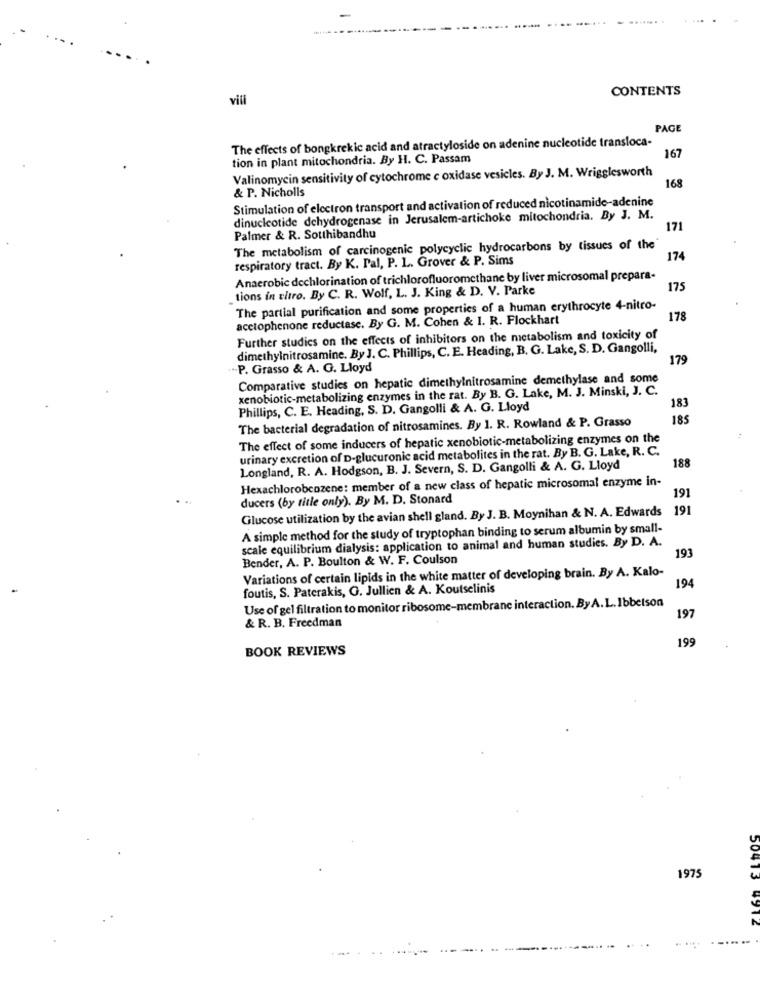
CONTENTS
vill
PAGE
The effects of bongkrekic acid and atractyloside on adenine nucleotide transloca-
167
tion in plant mitochondria. By H. C. Passam
Valinomycin sensitivity of cytochrome e oxidase vesicles. By J. M. Wrigglesworth
168
& P. Nicholls
Stimulation of electron transport and activation of reduced nicotinamide-adenine
dinucleotide dehydrogenase in Jerusalem-artichoke mitochondria. By J. M.
171
Palmer & R. Sotthibandhu
The metabolism of carcinogenic polycyclic hydrocarbons by tissues of the
respiratory tract. By K. Pal, P. L. Grover & P. Sims
174
Anaerobic dechlorination of trichlorofluoromethane by liver microsomal prepara-
tions in vitro. By C. R. Wolf, L. J. King & D. V. Parke
175
The partial purification and some properties of a human erythrocyte 4-nitro-
acetophenone reductase. By G. M. Cohen & 1. R. Flockhart
178
Further studies on the effects of inhibitors on the metabolism and toxicity of
dimethylnitrosamine. By J. C. Phillips, C. E. Heading, B. G. Lake, S. D. Gangolli,
179
-P. Grasso & A. G. Lloyd
Comparative studies on hepatic dimethylnitrosamine demethylase and some
xenobiotic-metabolizing enzymes in the rat. By B. G. Lake, M. J. Minski, J. C.
183
Phillips, C. E. Heading, S. D. Gangolli & A. G. Lloyd
The bacterial degradation of nitrosamines. By 1. R. Rowland & P. Grasso
185
The effect of some inducers of hepatic xenobiotic-metabolizing enzymes on the
urinary excretion of D-glucuronic acid metabolites in the rat. By B. G. Lake, R. C.
188
Longland, R. A. Hodgson, B. J. Severn, S. D. Gangolli & A. G. Lloyd
Hexachlorobcozene: member of a new class of hepatic microsomal enzyme in-
191
ducers (by title only). By M. D. Stonard
Glucose utilization by the avian shell gland. By J. B. Moynihan & N. A. Edwards 1
A simple method for the study of tryptophan binding to serum albumin by small-
scale equilibrium dialysis: application to animal and human studies. By D. A.
Bender, A. P. Boulton & W. F. Coulson
193
Variations of certain lipids in the white matter of developing brain. By A. Kalo-
194
foutis, S. Paterakis, O. Jullien & A. Koutselinis
Use of gel filtration to monitor ribosome-membrane interaction. By A.L.Ibbetson
197
& R. B. Freedman
199
BOOK REVIEWS
1975
50413
4912